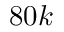
8 0 k